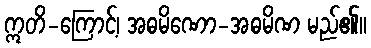
ဣတိ-ကြောင့်၊ အဓမိဏော-အဓမိဏ မည်၏။